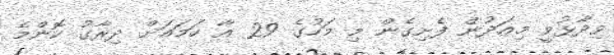
ވިދާޅުވީ މިއަދުން ފެށިގެން މި މަހުގެ 29 އާ ހަމައަށް ދިރާގު ކޮންމެ